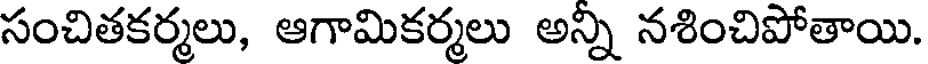
సంచితకర్మలు, ఆగామికర్మలు అన్ని నశించిపోతాయి.